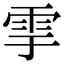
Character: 𩁹